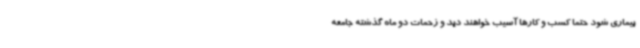
بیماری شود حتما کسب و کارها آسیب خواهند دید و زحمات دو ماه گذشته جامعه